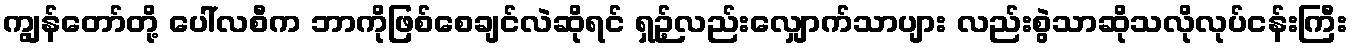
ကျွန်တော်တို့ ပေါ်လစီက ဘာကိုဖြစ်စေချင်လဲဆိုရင် ရှဉ့်လည်းလျှောက်သာပျား လည်းစွဲသာဆိုသလိုလုပ်ငန်းကြီး